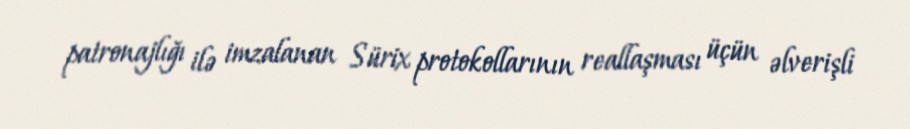
patronajlığı ilə imzalanan Sürix protokollarının reallaşması üçün əlverişli